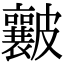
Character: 𥀶